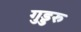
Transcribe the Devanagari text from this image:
गुड्डरु